King Institute of Preventive Medicine Bacteriolog. Section reports 1907-08
Year: 1907
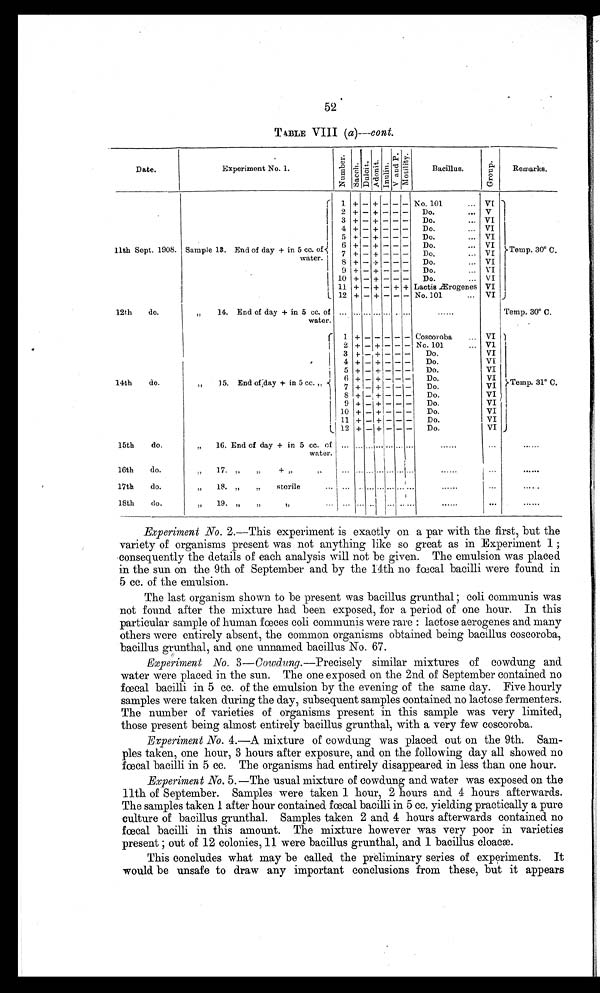
52
T ABLE VIII (a)---cont.
Date.
Experiment No. 1.
N u m b e r .
S e a c h .
D u l c i t . A d o n i t .
I n u l i n e . V a n d P . M o b i l i t y .
Bacillus.
Remarks.
11th Sept. 1908. Sample 13. End of day + in 5 cc. of
water.
L
1
2
3
4
5
7 6
8
9
10
11
12
+
+
+
+
+ \
+
+
+
+
—
—
—
_
—
—
—
+
+
+
+
+ +
+
+
+
-
—
—
—
—
_
—
-
-
—
—
—
—
—
—
_
—
+
—
--
--
--
—
—
—
—
_
—
+
—
N o. 101
...
Do.
...
Do.
...
Do.
...
Do.
...
Do.
Do
...
Do.
...
Do.
...
Do.
...
Lactis ÆA r o g e n e s
No. 101
...
VI
V
VI
VI
VI
VI
VI
VI
VI
VI
VI
VI U
Temp. 30° C.
12th
do.
14th
do.
15th
do.
16th
do.
17th
do.
18th
do.
14. End of day + in 5 cc. of
water.
„
15.
E n d o f E n d o f d a y +
i n
5 c c . , . - {
16. End of day + in 5 cc. of
water.
17.
,,
+
,,
„
18. „
„
s t e r i l c
19. ,,
,,
,,
• • •
...
1
2
3
4
5
6
S
9
10
11
12
...
...
• • •
...
+ +
+
+
+
+
...
.
+
...
:
...
.
...
+
+
++
+
+
...
. ...
...
...
—
—
-
-
- -
—
-
—
-
-
...
...
...
•••
—
—
--
--
7 - -
—
—
...
...
...
.
.....
--
--
--
—
—
=
—
—
...
...
i ...
1
•••
......
Coscoroba ...
No. 101
...
Do.
Do.
Do.
Do
Do.
Do.
Do.
Do.
Do.
......
......
......
......
VI
V1
VI
VI
VI
VI
vi
VI
VI
VI
VI
VI
...
...
. . .
...
Temp. 30° C.
Teinp. 31° C.
J
......
••••••
......
......
Experiment No. 2.—This experiment is exactly on a par with the first, but the
variety of organisms present was not anything like so great as in Experiment 1 ;
consequently the details of each analysis will not be given. The emulsion was placed
in the sun on the 9th of September and by the 14th no fwcal bacilli were found in
5 cc. of the emulsion.
The last organism shown to be present was bacillus grunthal ; coli communis was
not found after the mixture had been exposed, for a period of one hour. In this
particular sample of human fœces coli communis were rare : lactose aerogenes and many
others were entirely absent, the common organisms obtained being bacillus coscoroba,
bacillus grunthal, and one unnamed bacillus No. 67.
Experiment No. 3—Cowdung.—Precisely similar mixtures of cowdung and
water were placed in the sun. The one exposed on the 2nd of September contained no
f w c a l b a c i l l i i n 5 c c . o f t h e e m u l s i o n b y t h e e v e n i n g o f t h e s a m e d a y . F i v e h o u r l y
samples were taken during the day, subsequent samples contained no lactose fermenters.
The number of varieties of organisms present in this sample was very limited,
those present being almost entirely bacillus grunthal, with a very few coscoroba.
Experiment No. 4.—A mixture of cowdung was placed out on the 9th. Sam-
ples taken, one hour, 3 hours after exposure, and on the following day all showed no
f œ c a l b a c i l l i i n 5 c c . T h e o r g a n i s m s h a d e n t i r e l y d i s a p p e a r e d i n l e s s t h a n o n e h o u r .
Experiment No. 5. —The usual mixture of cowdung and water was exposed on the
11th of September. Samples were taken 1 hour, 2 hours and 4 hours afterwards.
The samples taken 1 after hour contained fœcal bacilli in 5 cc. yielding practically a pure
culture of bacillus grunthal. Samples taken 2 and 4 hours afterwards contained no
f c a l b a c i l l i i n t h i s a m o u n t . T h e m i x t u r e h o w e v e r w a s v e r y p o o r i n v a r i e t i e s
present ; out of 12 colonies, 11 were bacillus grunthal, and 1 bacillus cloacæ.
This concludes what may be called the preliminary series of experiments. It
would be unsafe to draw any important conclusions from these, but it appears